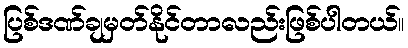
ပြစ်ဒဏ်ချမှတ်နိုင်တာလည်းဖြစ်ပါတယ်။